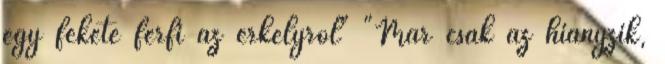
egy fekete férfi az erkélyről" "Már csak az hiányzik,